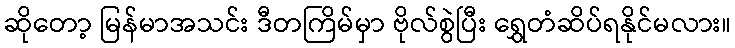
ဆိုတော့ မြန်မာအသင်း ဒီတကြိမ်မှာ ဗိုလ်စွဲပြီး ရွှေတံဆိပ်ရနိုင်မလား။